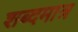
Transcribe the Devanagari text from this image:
शब्दमात्र